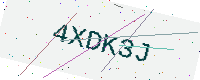
Text: 4XDK3J